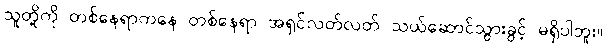
သူတို့ကို တစ်နေရာကနေ တစ်နေရာ အရှင်လတ်လတ် သယ်ဆောင်သွားခွင့် မရှိပါဘူး။